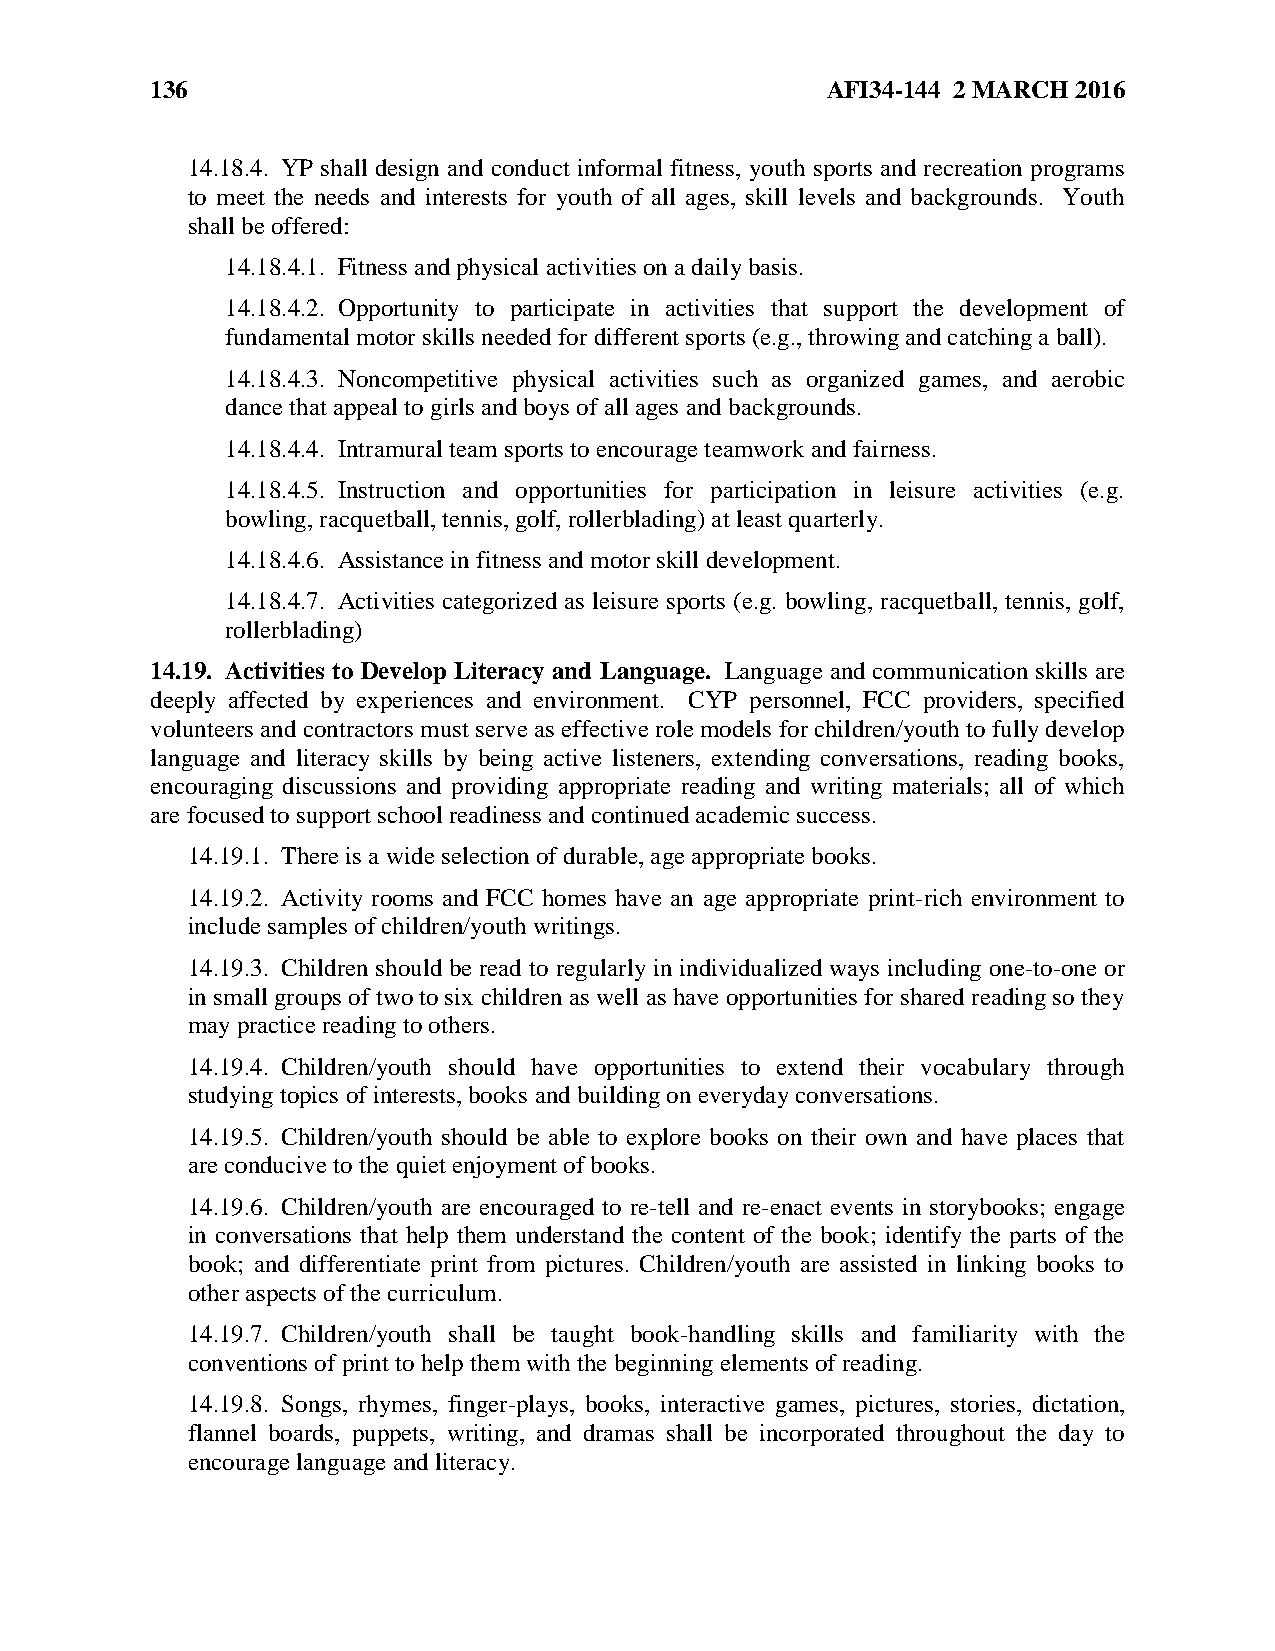
136                                          AFI34-144 2 MARCH 2016
 14.18.4. YP shall design and conduct informal fitness, youth sports and recreation programs
 to meet the needs and interests for youth of all ages, skill levels and backgrounds. Youth
 shall be offered:
 14.18.4.1. Fitness and physical activities on a daily basis.
 14.18.4.2. Opportunity to participate in activities that support the development of
 fundamental motor skills needed for different sports (e.g., throwing and catching a ball).
 14.18.4.3. Noncompetitive physical activities such as organized games, and aerobic
 dance that appeal to girls and boys of all ages and backgrounds.
 14.18.4.4. Intramural team sports to encourage teamwork and fairness.
 14.18.4.5. Instruction and opportunities for participation in leisure activities (e.g.
 bowling, racquetball, tennis, golf, rollerblading) at least quarterly.
 14.18.4.6. Assistance in fitness and motor skill development.
 14.18.4.7. Activities categorized as leisure sports (e.g. bowling, racquetball, tennis, golf,
 rollerblading)
 14.19. Activities to Develop Literacy and Language. Language and communication skills are
 deeply affected by experiences and environment. CYP personnel, FCC providers, specified
 volunteers and contractors must serve as effective role models for children/youth to fully develop
 language and literacy skills by being active listeners, extending conversations, reading books,
 encouraging discussions and providing appropriate reading and writing materials; all of which
 are focused to support school readiness and continued academic success.
 14.19.1. There is a wide selection of durable, age appropriate books.
 14.19.2. Activity rooms and FCC homes have an age appropriate print-rich environment to
 include samples of children/youth writings.
 14.19.3. Children should be read to regularly in individualized ways including one-to-one or
 in small groups of two to six children as well as have opportunities for shared reading so they
 may practice reading to others.
 14.19.4. Children/youth should have opportunities to extend their vocabulary through
 studying topics of interests, books and building on everyday conversations.
 14.19.5. Children/youth should be able to explore books on their own and have places that
 are conducive to the quiet enjoyment of books.
 14.19.6. Children/youth are encouraged to re-tell and re-enact events in storybooks; engage
 in conversations that help them understand the content of the book; identify the parts of the
 book; and differentiate print from pictures. Children/youth are assisted in linking books to
 other aspects of the curriculum.
 14.19.7. Children/youth shall be taught book-handling skills and familiarity with the
 conventions of print to help them with the beginning elements of reading.
 14.19.8. Songs, rhymes, finger-plays, books, interactive games, pictures, stories, dictation,
 flannel boards, puppets, writing, and dramas shall be incorporated throughout the day to
 encourage language and literacy.